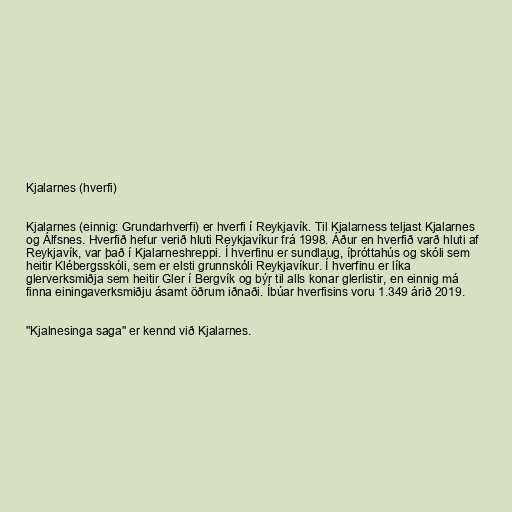
Kjalarnes (hverfi)

Kjalarnes (einnig: Grundarhverfi) er hverfi í Reykjavík. Til Kjalarness teljast Kjalarnes
og Álfsnes. Hverfið hefur verið hluti Reykjavíkur frá 1998. Áður en hverfið varð hluti af
Reykjavík, var það í Kjalarneshreppi. Í hverfinu er sundlaug, íþróttahús og skóli sem
heitir Klébergsskóli, sem er elsti grunnskóli Reykjavíkur. Í hverfinu er líka
glerverksmiðja sem heitir Gler í Bergvík og býr til alls konar glerlistir, en einnig má
finna einingaverksmiðju ásamt öðrum iðnaði. Íbúar hverfisins voru 1.349 árið 2019.

"Kjalnesinga saga" er kennd við Kjalarnes.